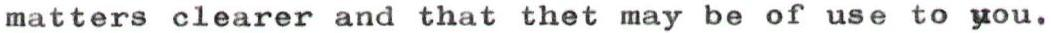
matters clearer and that thet may be of use to you.